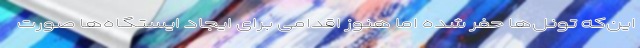
این‌که تونل‌ها حفر شده اما هنوز اقدامی برای ایجاد ایستگاه‌ها صورت